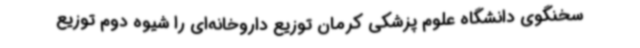
سخنگوی دانشگاه علوم پزشکی کرمان توزیع داروخانه‌ای را شیوه دوم توزیع